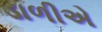
ડાળીએ